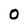
Character: 0